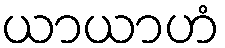
ယာယာဟံ